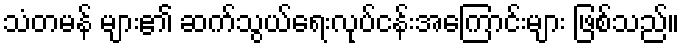
သံတမန် များ၏ ဆက်သွယ်ရေးလုပ်ငန်းအကြောင်းများ ဖြစ်သည်။